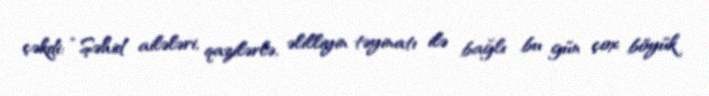
çəkdi: “Şəhid ailələri, qazilərlə, əlilliyin təyinatı ilə bağlı bu gün çox böyük